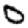
Digit: 0